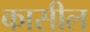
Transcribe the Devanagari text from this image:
कासील